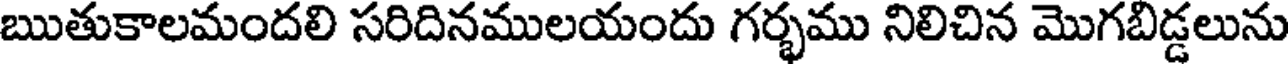
ఋతుకాలమందలి సరిదినములయందు గర్భము నిలిచిన మొగబిడ్డలును